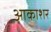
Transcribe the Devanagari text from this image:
आकाशर